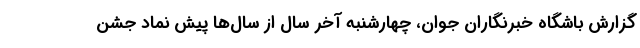
گزارش باشگاه خبرنگاران جوان، چهارشنبه آخر سال از سال‌ها پیش نماد جشن